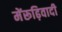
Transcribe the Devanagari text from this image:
मेंरूढ़िवादी